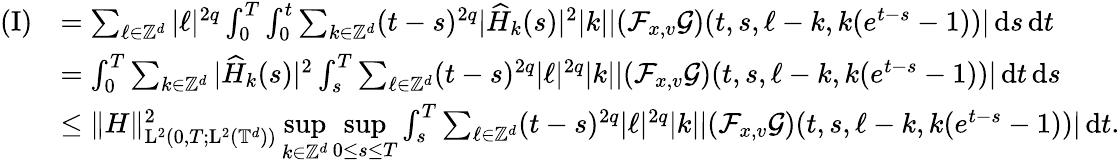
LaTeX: \begin{array}{rl}{(\mathrm{I})}&{=\sum_{\ell\in\mathbb Z^{d}}\vert\ell\vert^{2q}\int_{0}^{T}\int_{0}^{t}\sum_{k\in\mathbb Z^{d}}(t-s)^{2q}\vert\widehat{H}_{k}(s)\vert^{2}\vert k\vert\vert(\mathcal{F}_{x,v}\mathcal{G})(t,s,\ell-k,k(e^{t-s}-1))\vert\, \mathrm{d}s\, \mathrm{d}t}\\ &{=\int_{0}^{T}\sum_{k\in\mathbb Z^{d}}\vert\widehat{H}_{k}(s)\vert^{2}\int_{s}^{T}\sum_{\ell\in\mathbb Z^{d}}(t-s)^{2q}\vert\ell\vert^{2q}\vert k\vert\vert(\mathcal{F}_{x,v}\mathcal{G})(t,s,\ell-k,k(e^{t-s}-1))\vert\, \mathrm{d}t\, \mathrm{d}s}\\ &{\leq\Vert H\Vert_{\mathrm{L}^{2}(0,T;\mathrm{L}^{2}(\mathbb T^{d}))}^{2}\underset{k\in\mathbb Z^{d}}{\operatorname*{sup}}\underset{0\leq s\leq T}{\operatorname*{sup}}\int_{s}^{T}\sum_{\ell\in\mathbb Z^{d}}(t-s)^{2q}\vert\ell\vert^{2q}\vert k\vert\vert(\mathcal{F}_{x,v}\mathcal{G})(t,s,\ell-k,k(e^{t-s}-1))\vert\, \mathrm{d}t.}\end{array}